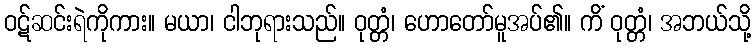
ဝဋ်ဆင်းရဲကိုကား။ မယာ၊ ငါဘုရားသည်။ ဝုတ္တံ၊ ဟောတော်မူအပ်၏။ ကိံ ဝုတ္တံ၊ အဘယ်သို့